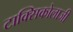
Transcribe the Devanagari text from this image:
टाक्सिकोलाजी